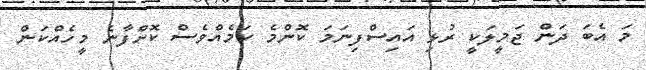
މަ އެބަ ދަން ޖަމީލަކީ ރުޅި އައިސްފިނަމަ ކޮންމެ ކަމެއްވެސް ކޮށްފާނެ މީހެއްކަން